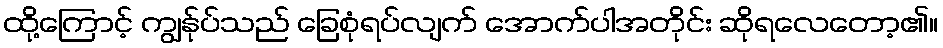
ထို့ကြောင့် ကျွန်ုပ်သည် ခြေစုံရပ်လျက် အောက်ပါအတိုင်း ဆိုရလေတော့၏။